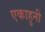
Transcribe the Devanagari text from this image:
एकाहुनी